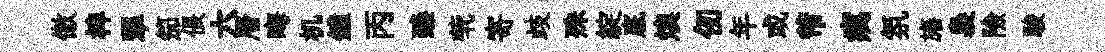
傲椑翆笳倀六層晦机鐘丙臻茕寄歧殊綻底燠仞年或芾癘氛旛裊險駿